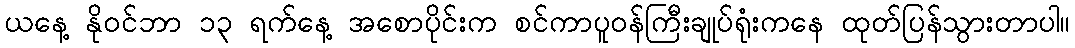
ယနေ့ နိုဝင်ဘာ ၁၃ ရက်နေ့ အစောပိုင်းက စင်ကာပူဝန်ကြီးချုပ်ရုံးကနေ ထုတ်ပြန်သွားတာပါ။